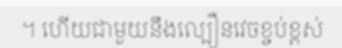
។ ហើយជាមួយនឹងល្បឿនវេចខ្ចប់ខ្ពស់